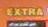
extra